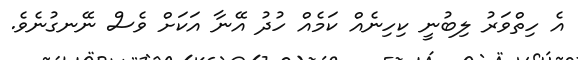
އެ ހިތްވަރު ލިބުނީ ކިހިނެއް ކަމެއް ހުދު އޭނާ އަކަށް ވެސް ނޭނގުނެވެ.